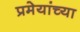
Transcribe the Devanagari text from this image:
प्रमेयांच्या